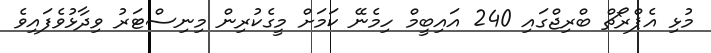
މުޅި އެޕްރޯޗް ބްރިޖްގައި 240 އައިބީމް ހިމެނޭ ކަމަށް މީގެކުރިން މިނިސްޓަރު ވިދާޅުވެފައިވެ